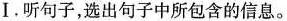
Ⅰ.听句子,选出句子中所包含的信息。